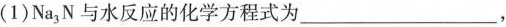
(1)Na_{3}N与水反应的化学方程式为___，